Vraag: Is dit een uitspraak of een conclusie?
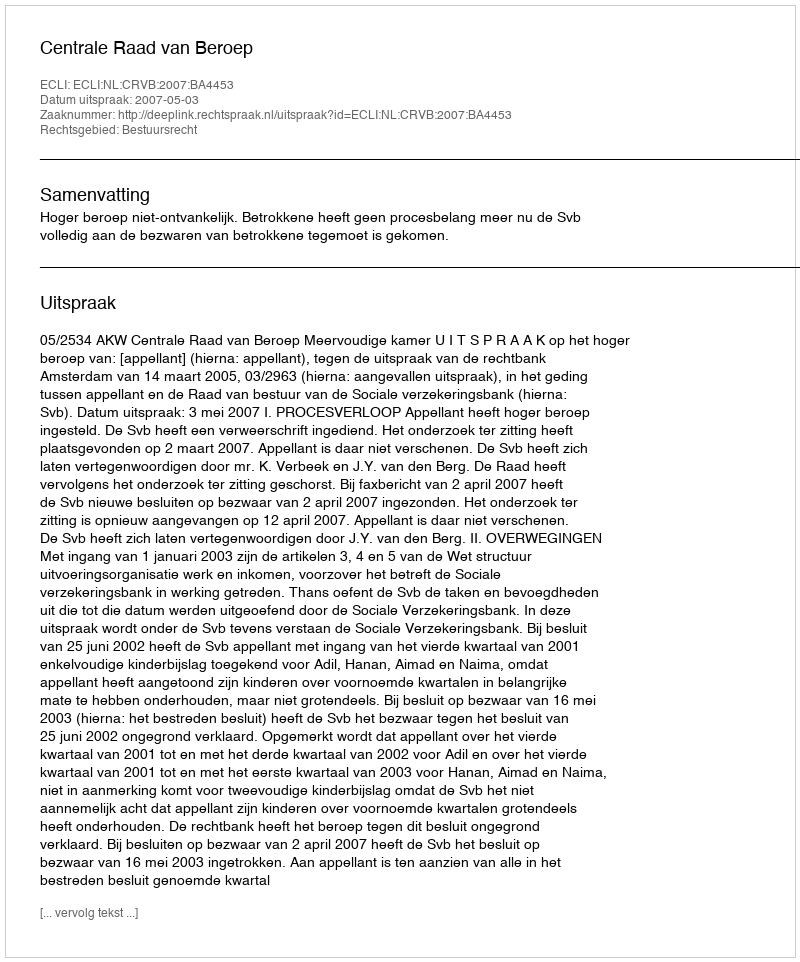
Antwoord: Uitspraak